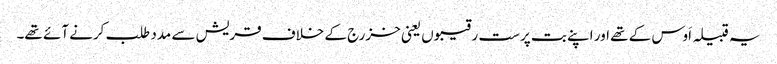
یہ قبیلہ اَوس کے تھے اور اپنے بت پرست رقیبوں یعنی خزرج کے خلاف قریش سے مدد طلب کرنے آئے تھے۔